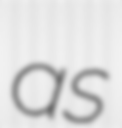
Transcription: as